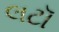
લટૉ